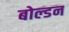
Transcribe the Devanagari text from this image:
बोल्डन